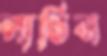
লাথিস